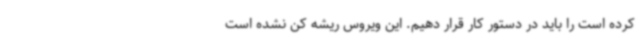
کرده است را باید در دستور کار قرار دهیم. این ویروس ریشه کن نشده است